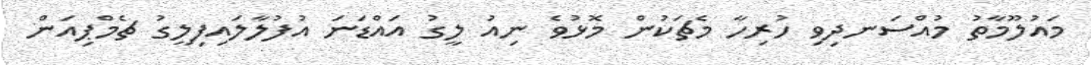
މައުލޫމާތު މުއްސަނދިވި ހުރިހާ މެޗަކުން މޮޅުވެ ނިއު ލީގު އައްޑަނަ އުފުލާލައިފިލީގު ޗެމްޕިއަން